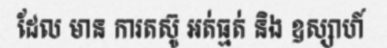
ដែល មាន ការតស៊ូ អត់ធ្មត់ និង ឧស្សាហ៍